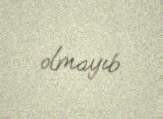
olmayıb.